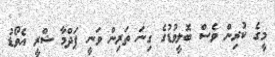
މީގެ ކުރިން ވެސް ބޮލީވުޑުގެ ގިނަ ތަރިން ވަނީ ޕަދްމާ ޝްރީ އެވޯޑު